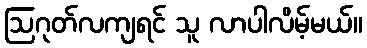
ဩဂုတ်လကျရင် သူ လာပါလိမ့်မယ်။